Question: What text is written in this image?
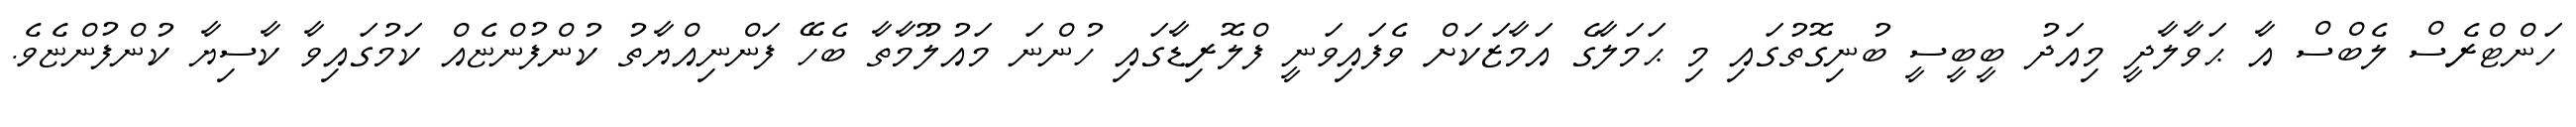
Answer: ހަންޓްރެސް ލެބްސް އާ ޙަވާލާދީ މިއަދު ބީބީސީ ބުނިގޮތުގައި މި ޙަމަލާގެ އަމާޒަކަށް ވެފައިވަނީ ފްލޮރިޑާގައި ހުންނަ މައުލޫމާތާ ބެހޭ ފަންނިއްޔާތު ކުންފުންޏެއް ކަމުގައިވާ ކާސިޔާ ކުންފުންޏެވެ.